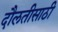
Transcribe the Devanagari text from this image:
दौलतीसाठी